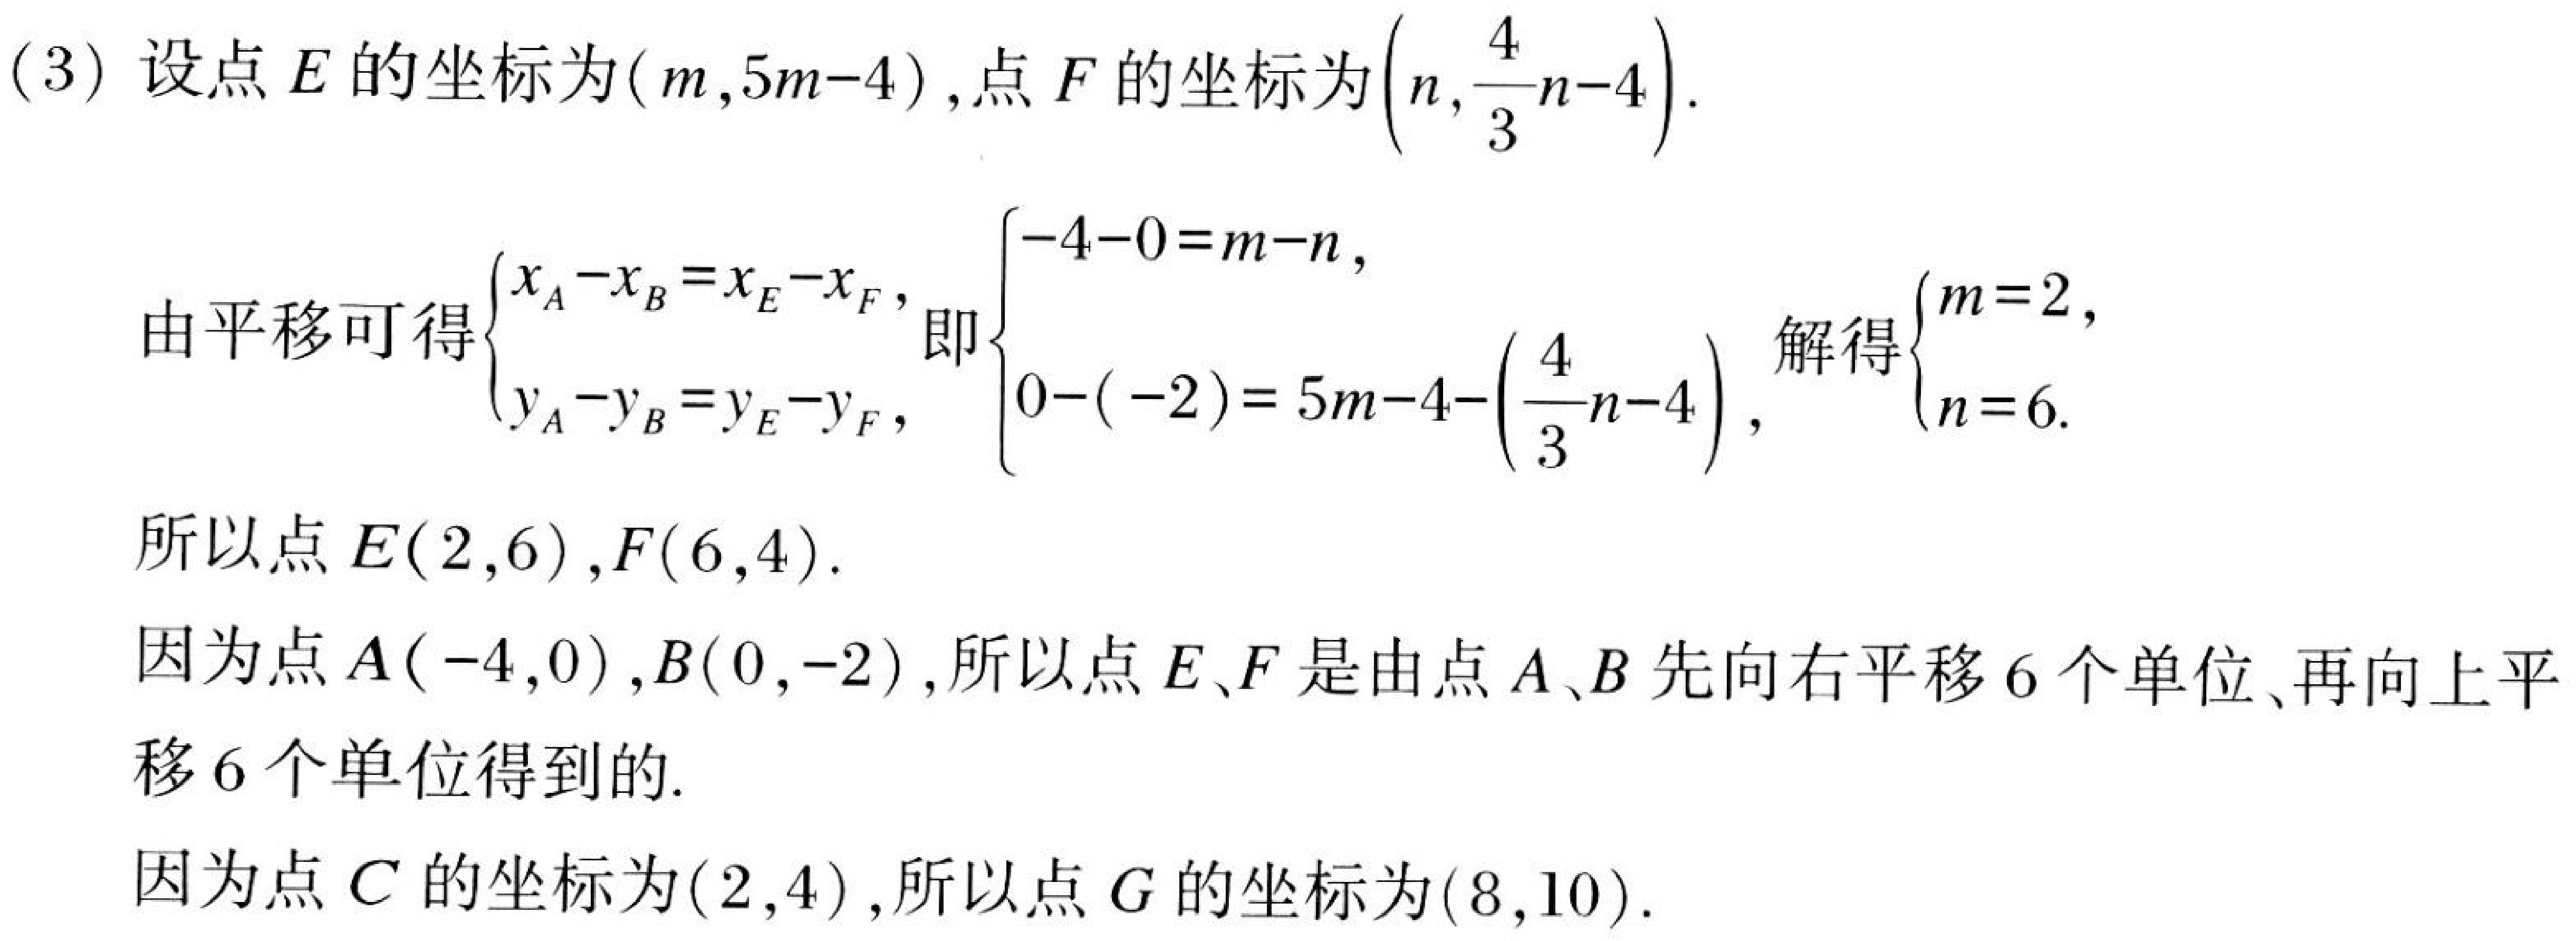
(3) 设点 \(E\) 的坐标为\((m,5m - 4)\)，点 \(F\) 的坐标为\(\left(n,\frac{4}{3}n - 4\right)\).
由平移可得\(\begin{cases}x_A - x_B=x_E - x_F,\\y_A - y_B=y_E - y_F,\end{cases}\) 即\(\begin{cases}-4 - 0=m - n,\\0 - (-2)=5m - 4-\left(\frac{4}{3}n - 4\right),\end{cases}\) 解得\(\begin{cases}m = 2,\\n = 6.\end{cases}\)
所以点 \(E(2,6)\)，\(F(6,4)\).
因为点 \(A(-4,0)\)，\(B(0,-2)\)，所以点 \(E\)、\(F\) 是由点 \(A\)、\(B\) 先向右平移 \(6\) 个单位、再向上平移 \(6\) 个单位得到的.
因为点 \(C\) 的坐标为\((2,4)\)，所以点 \(G\) 的坐标为\((8,10)\).